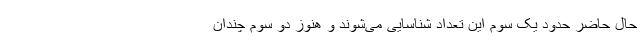
حال حاضر حدود یک سوم این تعداد شناسایی می‌شوند و هنوز دو سوم چندان